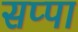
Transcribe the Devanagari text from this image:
सप्पा